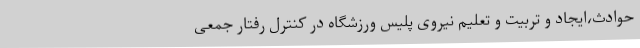
حوادث،‌ایجاد و تربیت و تعلیم نیروی پلیس ورزشگاه در کنترل رفتار جمعی